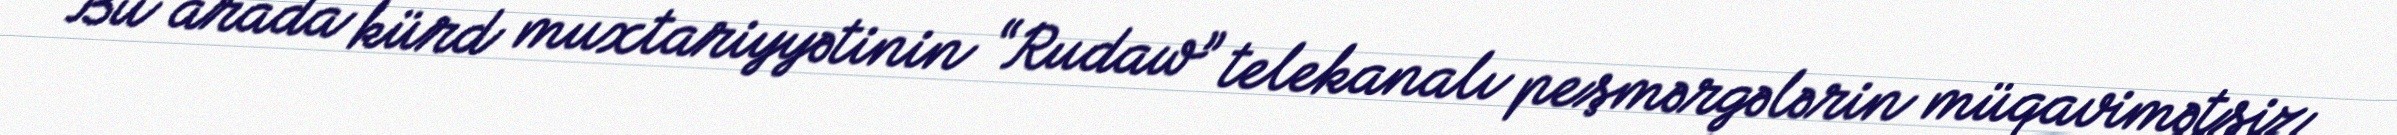
Bu arada kürd muxtariyyətinin “Rudaw” telekanalı peşmərgələrin müqavimətsiz